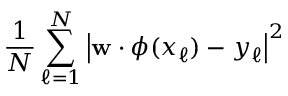
\frac { 1 } { N } \sum _ { \ell = 1 } ^ { N } \left| \mathbf { w } \cdot \phi ( x _ { \ell } ) - y _ { \ell } \right| ^ { 2 }